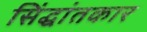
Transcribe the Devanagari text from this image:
सिंद्धांतकार